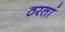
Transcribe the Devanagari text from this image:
ठरतां